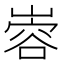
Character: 𫶎